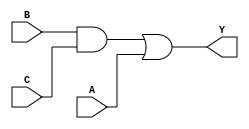
module simple_circuit(A,B,C,Y);

input A,B,C;

output Y;

wire w1;

and G1( w1, B, C );
or G2( Y, w1, A);

endmodule